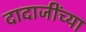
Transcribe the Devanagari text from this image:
दादाजींच्या